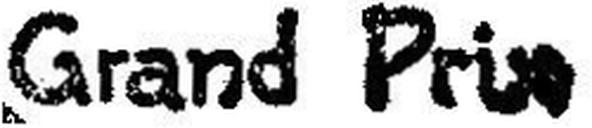
Grand Pr###